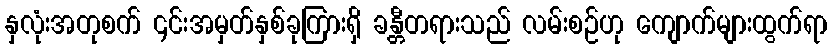
နှလုံးအတုစက် ၄င်းအမှတ်နှစ်ခုကြားရှိ ခန္တီတရားသည် လမ်းစဉ်ဟု ကျောက်များထွက်ရာ